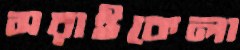
সরাইকেলা